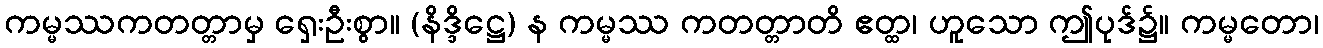
ကမ္မဿကတတ္တာမှ ရှေးဦးစွာ။ (နိဒ္ဒိဋ္ဌေ) န ကမ္မဿ ကတတ္တာတိ ဧတ္ထ၊ ဟူသော ဤပုဒ်၌။ ကမ္မတော၊